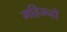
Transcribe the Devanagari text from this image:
महिम्नो